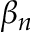
\beta _ { n }